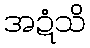
အဍံသိ